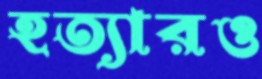
হত্যারও